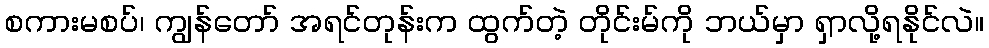
စကားမစပ်၊ ကျွန်တော် အရင်တုန်းက ထွက်တဲ့ တိုင်းမ်ကို ဘယ်မှာ ရှာလို့ရနိုင်လဲ။